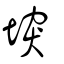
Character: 堗